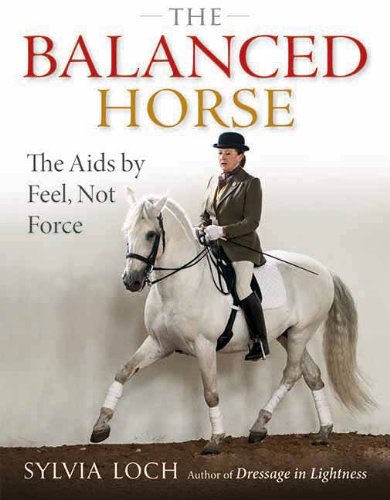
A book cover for The Balanced Horse: The AIDS by Feel, Not Force; Sylvia Loch; Crafts, Hobbies & Home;